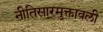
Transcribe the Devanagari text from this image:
नीतिसारमुक्तावली